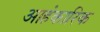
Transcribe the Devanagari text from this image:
आहंकारिक